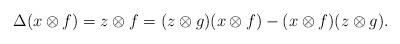
LaTeX: \begin{align*}\Delta(x\otimes f)=z\otimes f=(z\otimes g)(x\otimes f)-(x\otimes f)(z\otimes g).\end{align*}